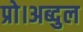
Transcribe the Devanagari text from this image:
प्रो।अब्दुल